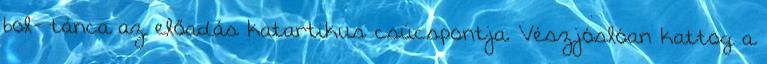
bol- tánca az előadás katartikus csúcspontja. Vészjóslóan kattog a